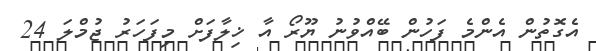
އެގޮތުން އެންމެ ފަހުން ބޭއްވުނު ޔޫރޯ އާ ޚިލާފަށް މިފަހަރު ޖުމްލަ 24